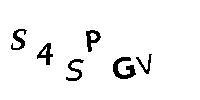
S4SPGV